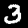
Label: 3